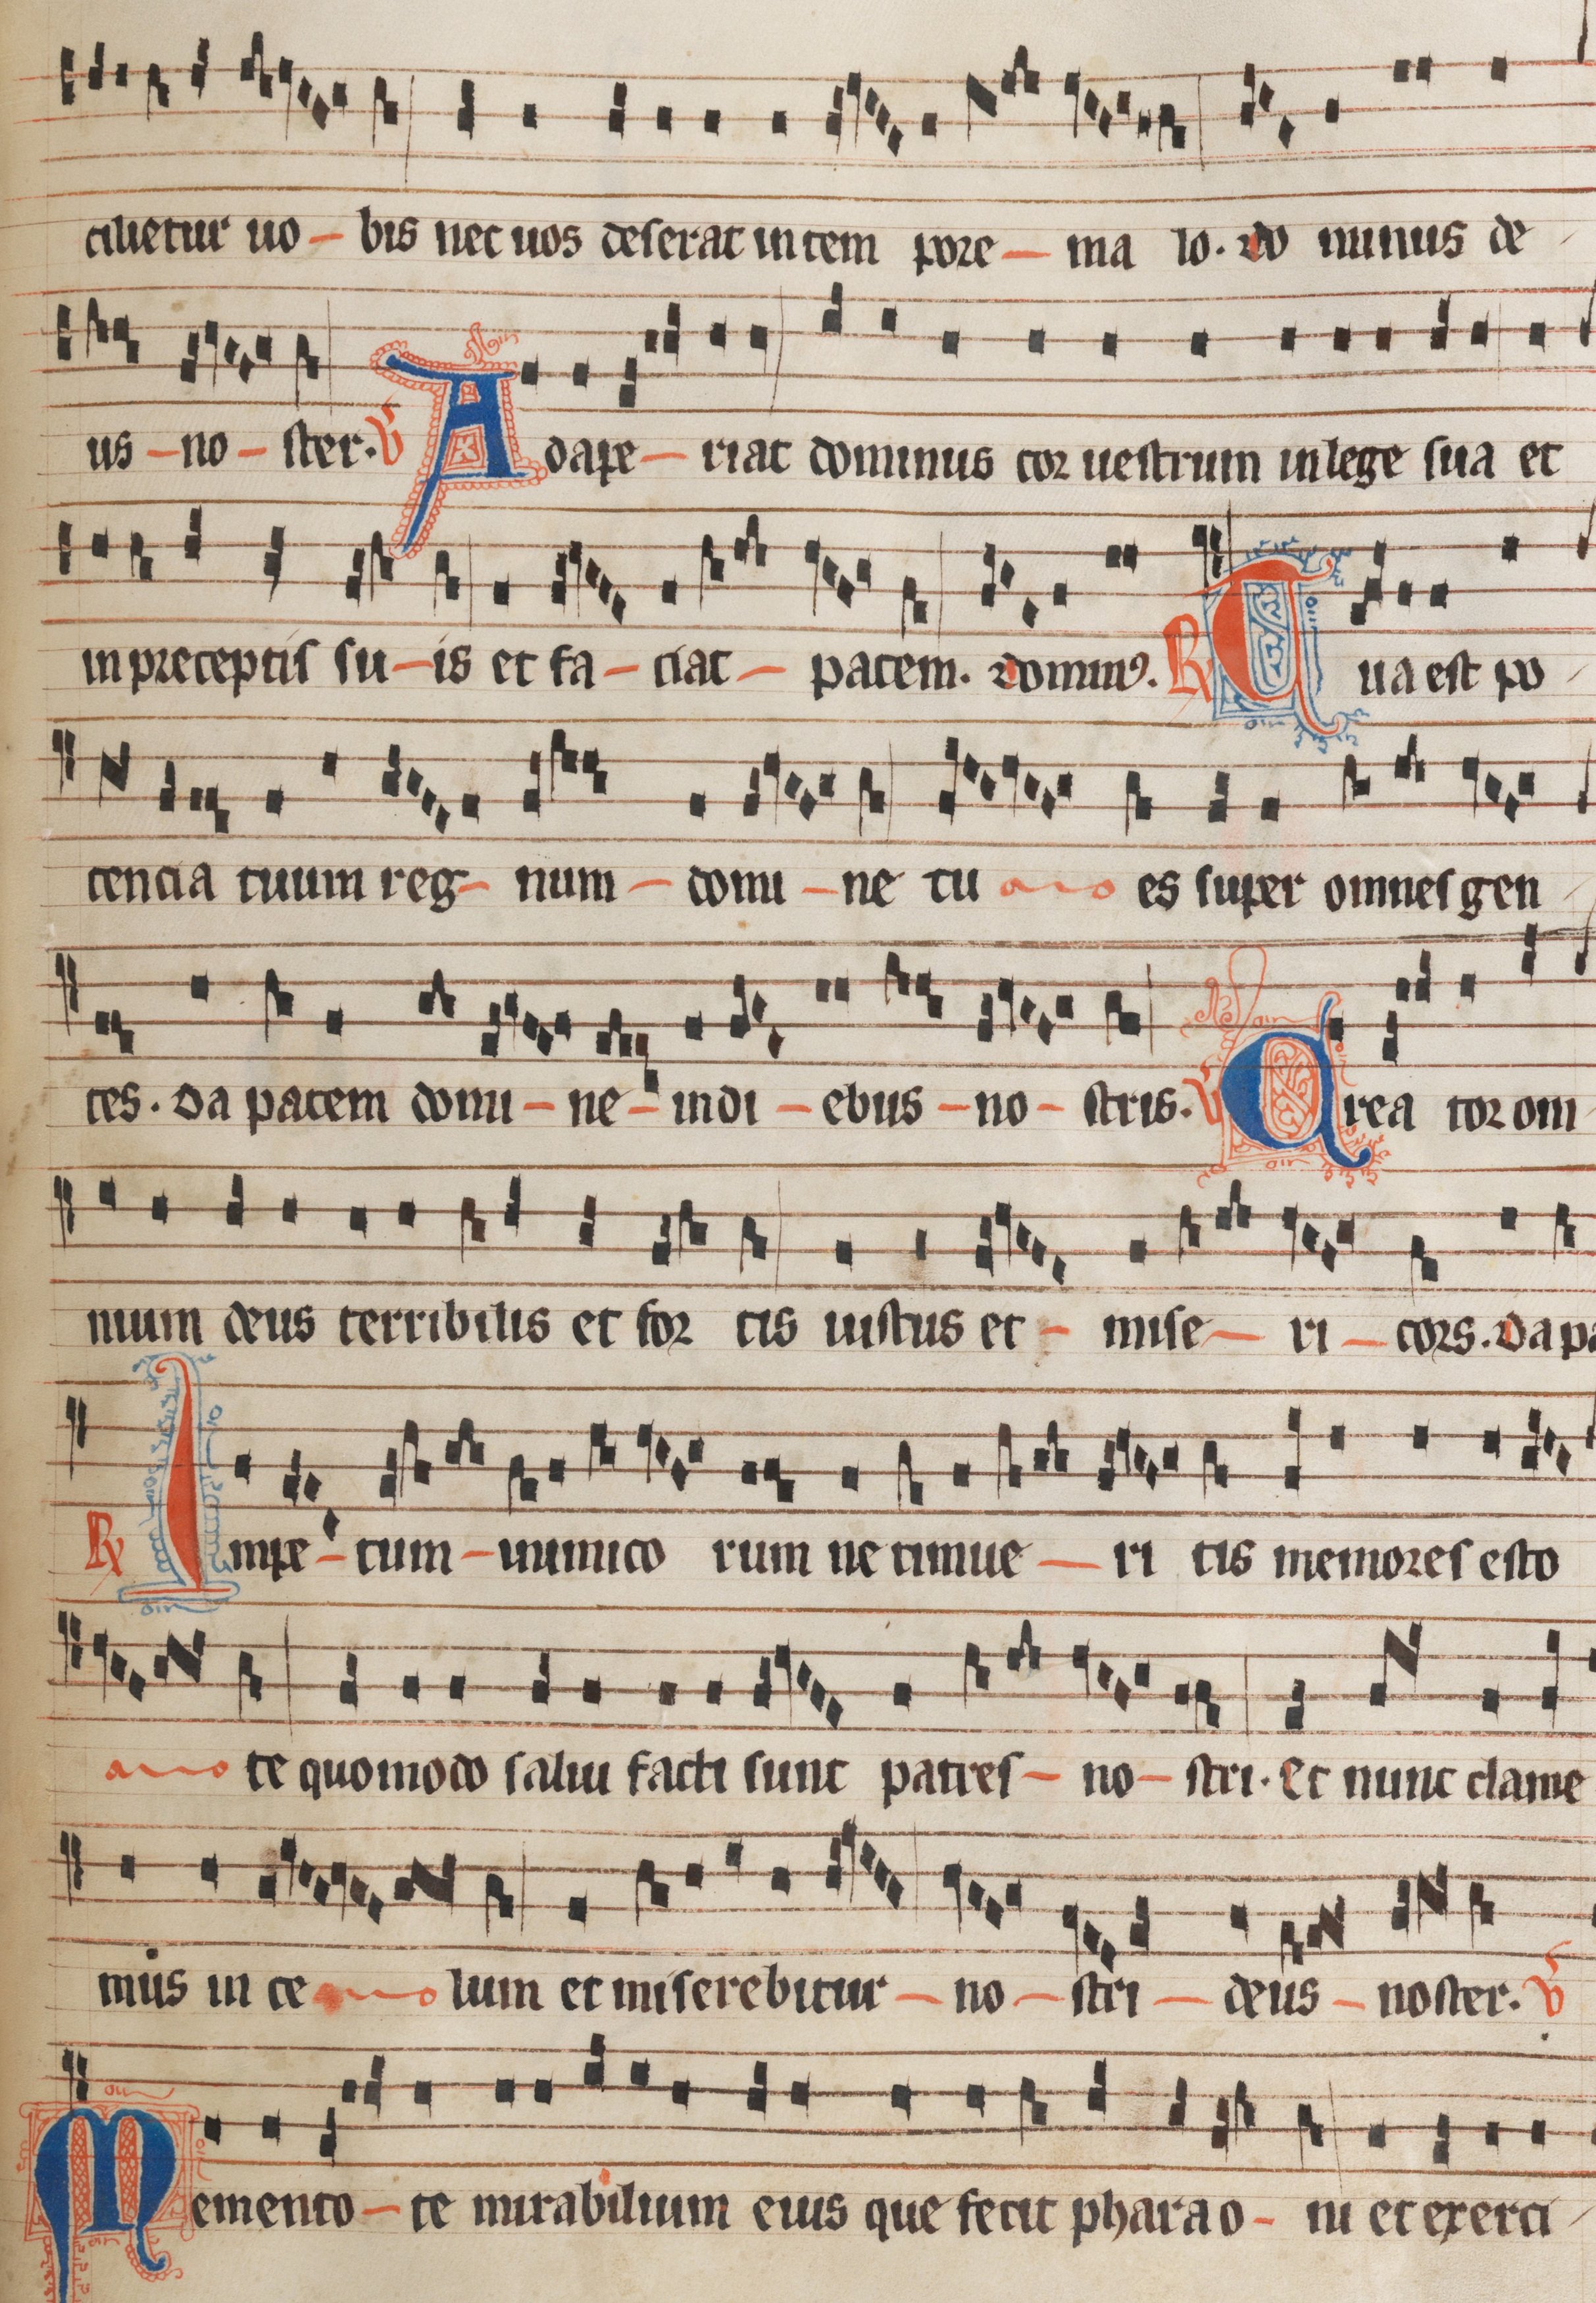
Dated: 1300–1349